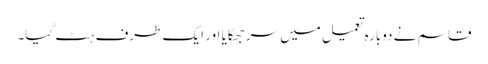
قاسم نے دوبارہ تعمیل میں سرجھکایا اور ایک طرف ہٹ گیا۔